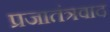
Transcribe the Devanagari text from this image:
प्रजातंत्रवाद